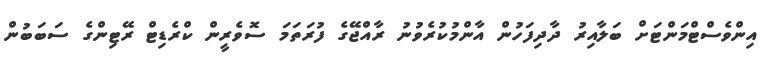
އިންވެސްޓްމަންޓަށް ބަލާއިރު ދާދިފަހުން އާންމުކުރެވުނު ރާއްޖޭގެ ފުރަތަމަ ސޮވެރީން ކްރެޑިޓް ރޭޓިންގެ ސަބަބުން